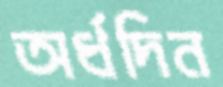
অর্ধদিন